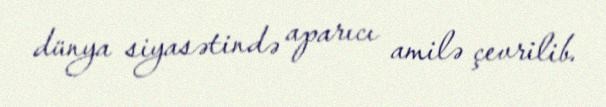
dünya siyasətində aparıcı amilə çevrilib.